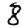
Digit: 8